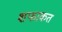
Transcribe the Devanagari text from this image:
शफाकत